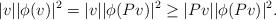
LaTeX: \begin{align*} |v| |\phi(v)|^2 = |v| |\phi(Pv)|^2 \geq |Pv| |\phi(Pv)|^2. \end{align*}